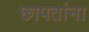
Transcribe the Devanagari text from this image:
छापतांना